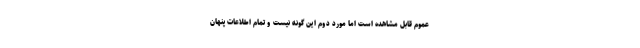
عموم قابل مشاهده است اما مورد دوم این گونه نیست و تمام اطلاعات پنهان